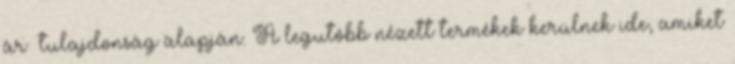
ár tulajdonság alapján. A legutóbb nézett termékek kerülnek ide, amiket